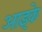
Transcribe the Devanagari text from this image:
आइके